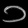
Digit: ၁